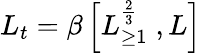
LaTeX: L_{t}=\beta\left[L_{\geq 1}^{\frac{2}{3}}\; ,L\right]